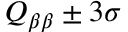
Q _ { \beta \beta } \pm { 3 \sigma }